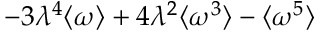
- 3 \lambda ^ { 4 } \langle \omega \rangle + 4 \lambda ^ { 2 } \langle \omega ^ { 3 } \rangle - \langle \omega ^ { 5 } \rangle